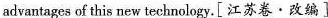
advantages of this new technology.[江苏卷·改编]